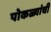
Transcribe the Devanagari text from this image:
पोकळ्यांची